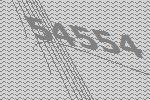
54554